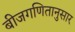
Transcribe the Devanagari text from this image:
बीजगणितानुसार